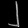
Digit: ၂